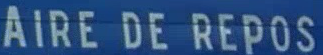
AIRE DE REPOS